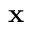
\mathbf { x }